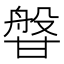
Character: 𭺰